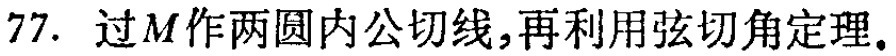
77. 过\(M\)作两圆内公切线,再利用弦切角定理.